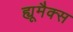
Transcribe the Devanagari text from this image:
ह्यूमैक्स